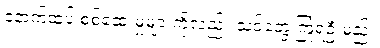
နောက်ထပ် စစ်ဆေးမှုများကိုလည်း သင်တွေ့ကြုံရဦးမည်။